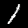
Label: 1